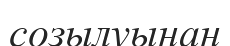
созылуынан